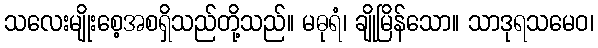
သလေးမျိုးစေ့အစရှိသည်တို့သည်။ မဓုရံ၊ ချိုမြိန်သော။ သာဒုရသမေဝ၊